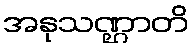
အနုသဏ္ဌာတိ